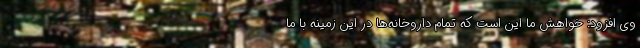
وی افزود: خواهش ما این است که تمام داروخانه‌ها در این زمینه با ما